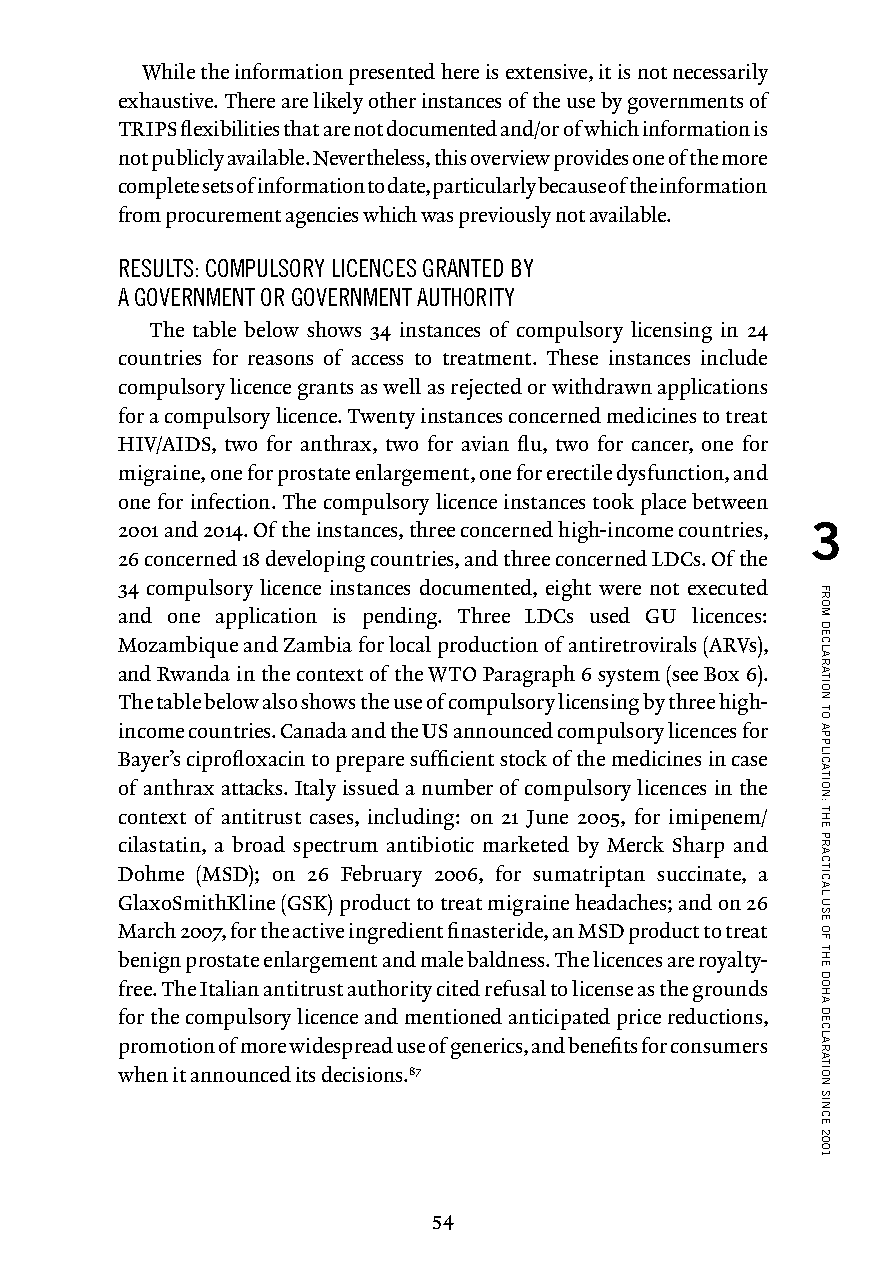
While the information presented here is extensive, it is not necessarily
 exhaustive. There are likely other instances of the use by governments of
 TRIPS flexibilities that are not documented and/or of which information is
 not publicly available. Nevertheless, this overview provides one of the more
 complete sets of information to date, particularly because of the information
 from procurement agencies which was previously not available.
 RESULTS: COMPULSORY LICENCES GRANTED BY
 A GOVERNMENT OR GOVERNMENT AUTHORITY
 The table below shows 34 instances of compulsory licensing in 24
 countries for reasons of access to treatment. These instances include
 compulsory licence grants as well as rejected or withdrawn applications
 for a compulsory licence. Twenty instances concerned medicines to treat
 HIV/AIDS, two for anthrax, two for avian flu, two for cancer, one for
 migraine, one for prostate enlargement, one for erectile dysfunction, and
 one for infection. The compulsory licence instances took place between
 2001 and 2014. Of the instances, three concerned high-income countries, 3
 26 concerned 18 developing countries, and three concerned LDCs. Of the
 34 compulsory licence instances documented, eight were not executed
 and one application is pending. Three LDCs used GU licences:
 Mozambique and Zambia for local production of antiretrovirals (ARVs),
 and Rwanda in the context of the WTO Paragraph 6 system (see Box 6).
 The table below also shows the use of compulsory licensing by three high-
 income countries. Canada and the US announced compulsory licences for
 Bayer’s ciprofloxacin to prepare sufficient stock of the medicines in case
 of anthrax attacks. Italy issued a number of compulsory licences in the
 context of antitrust cases, including: on 21 June 2005, for imipenem/
 cilastatin, a broad spectrum antibiotic marketed by Merck Sharp and
 Dohme (MSD); on 26 February 2006, for sumatriptan succinate, a
 GlaxoSmithKline (GSK) product to treat migraine headaches; and on 26
 March 2007, for the active ingredient finasteride, an MSD product to treat
 benign prostate enlargement and male baldness. The licences are royalty-
 free. The Italian antitrust authority cited refusal to license as the grounds
 for the compulsory licence and mentioned anticipated price reductions,
 promotion of more widespread use of generics, and benefits for consumers
 when it announced its decisions.87
 54
 FROM
 DECLARATION
 TO
 APPLICATION:
 THE
 PRACTICAL
 USE
 OF
 THE
 DOHA
 DECLARATION
 SINCE
 2001